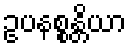
ဥပနစ္စန္တိယာ